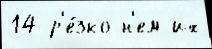
14 р'е́зко н'ем их